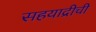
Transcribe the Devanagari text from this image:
सहयाद्रीची